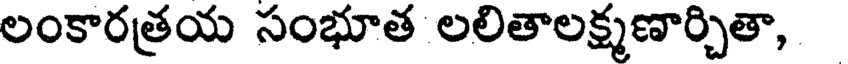
లంకారత్రయ సంభూత లలితాలక్ష్మణార్చితా,